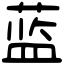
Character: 蓝